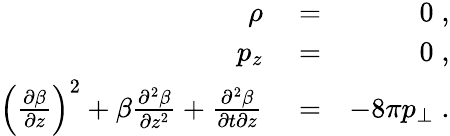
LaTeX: \begin{array}{rlr}{\rho}&{{}=}&{0\; ,}\\ {p_{z}}&{{}=}&{0\; ,}\\ {\left(\frac{\partial\beta}{\partial z}\right)^{2}+\beta\frac{\partial^{2}\beta}{\partial z^{2}}+\frac{\partial^{2}\beta}{\partial t\partial z}}&{{}=}&{-8\pi p_{\perp}\; .}\end{array}